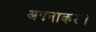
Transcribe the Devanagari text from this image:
अपनाकर।